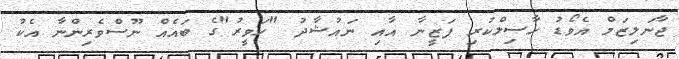
ޖާނަލިޒަމް އެވޯޑު ހާސިލްކުރި ފަޒީނާ އާއި ނައުޝާދު "ހަވީރު"ގެ ބައެއް ނޫސްވެރިންނާ އެކު